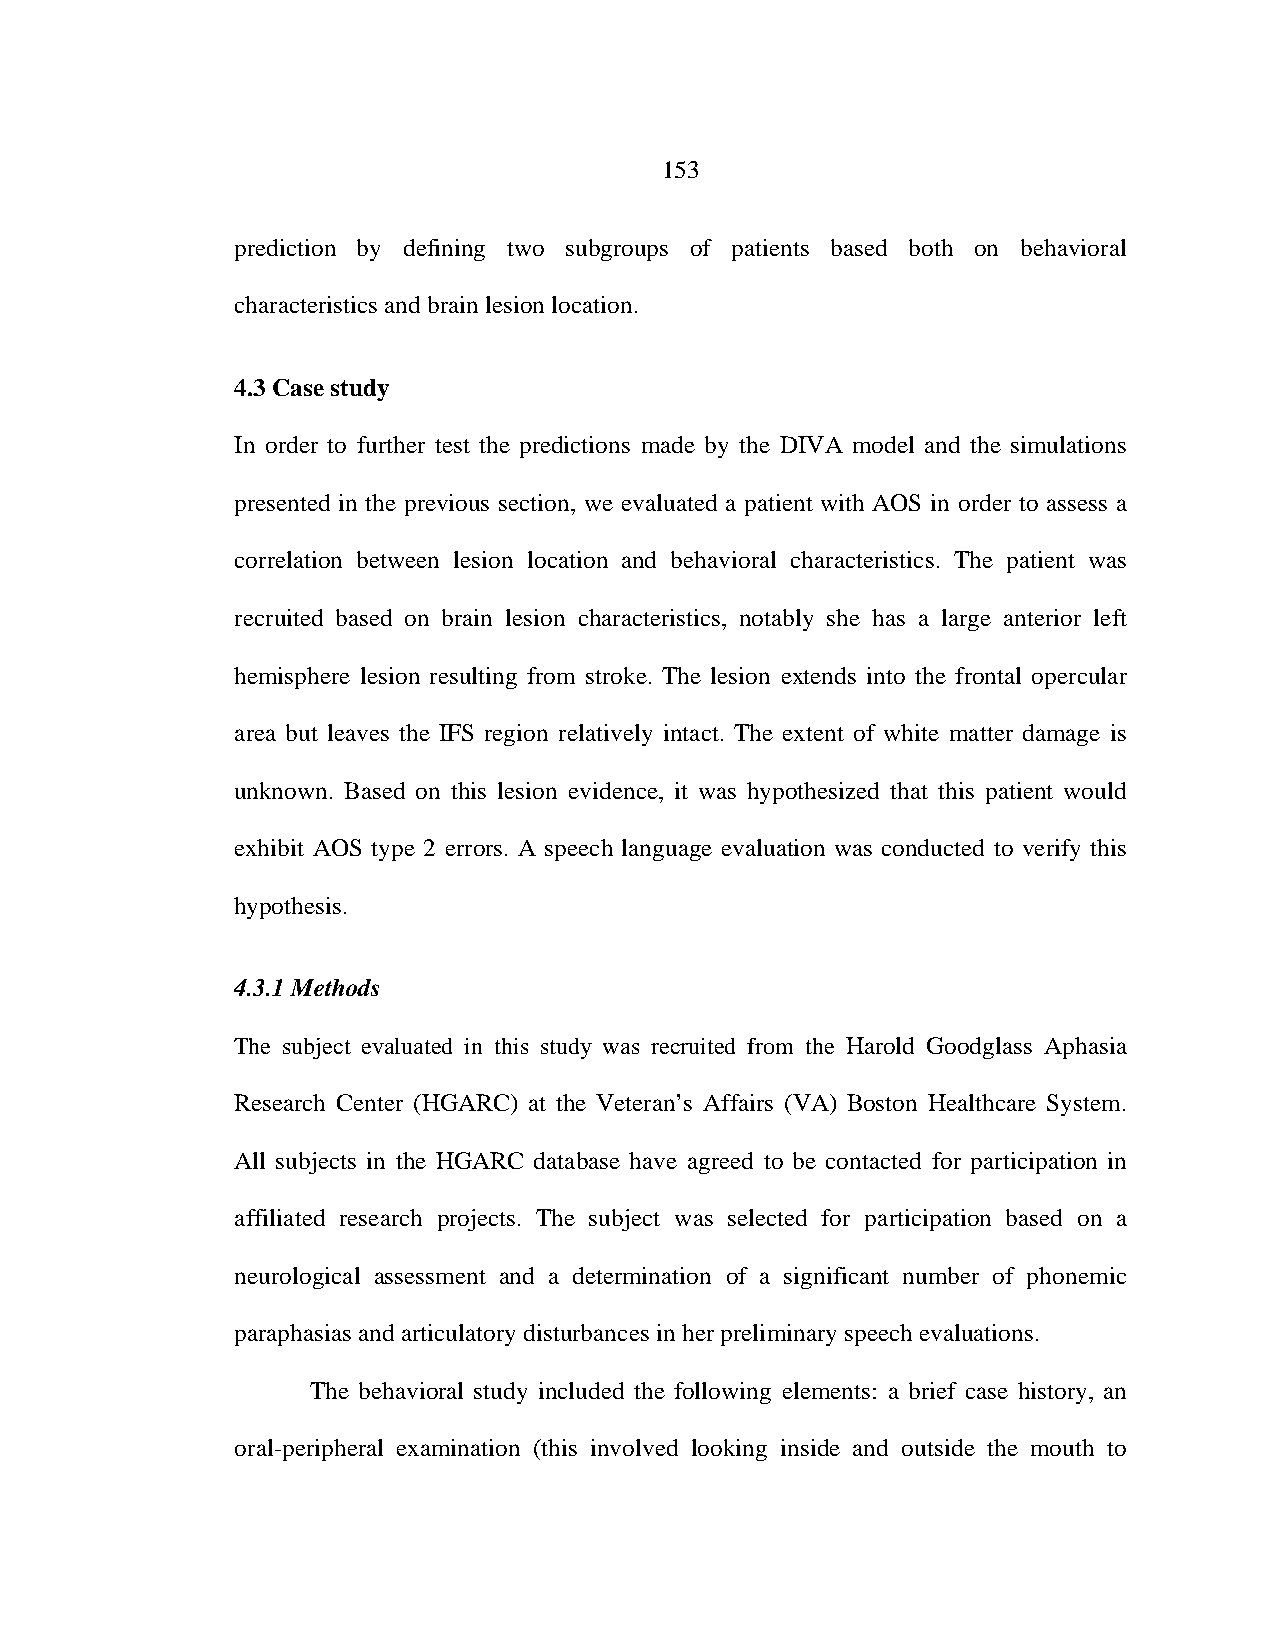
153
 prediction by defining two subgroups of patients based both on behavioral
 characteristics and brain lesion location.
 4.3 Case study
 In order to further test the predictions made by the DIVA model and the simulations
 presented in the previous section, we evaluated a patient with AOS in order to assess a
 correlation between lesion location and behavioral characteristics. The patient was
 recruited based on brain lesion characteristics, notably she has a large anterior left
 hemisphere lesion resulting from stroke. The lesion extends into the frontal opercular
 area but leaves the IFS region relatively intact. The extent of white matter damage is
 unknown. Based on this lesion evidence, it was hypothesized that this patient would
 exhibit AOS type 2 errors. A speech language evaluation was conducted to verify this
 hypothesis.
 4.3.1 Methods
 The subject evaluated in this study was recruited from the Harold Goodglass Aphasia
 Research Center (HGARC) at the Veteran’s Affairs (VA) Boston Healthcare System.
 All subjects in the HGARC database have agreed to be contacted for participation in
 affiliated research projects. The subject was selected for participation based on a
 neurological assessment and a determination of a significant number of phonemic
 paraphasias and articulatory disturbances in her preliminary speech evaluations.
 The behavioral study included the following elements: a brief case history, an
 oral-peripheral examination (this involved looking inside and outside the mouth to